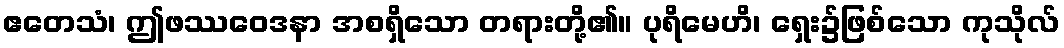
ဧတေသံ၊ ဤဖဿဝေဒနာ အစရှိသော တရားတို့၏။ ပုရိမေဟိ၊ ရှေး၌ဖြစ်သော ကုသိုလ်